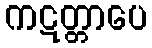
ကဋတ္တာပေ